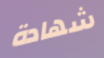
شهادة